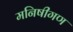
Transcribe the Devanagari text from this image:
मनिषीगण